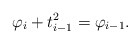
\begin{align*}\varphi_i+ t_{i-1}^2=\varphi_{i-1}.\end{align*}